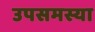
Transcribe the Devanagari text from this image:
उपसमस्या